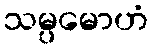
သမ္ပမောဟံ